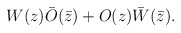
\begin{align*}W(z)\bar{O}(\bar{z})+O(z)\bar{W}(\bar{z}).\end{align*}